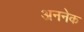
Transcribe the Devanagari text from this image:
अननेक